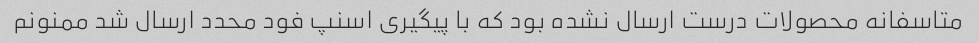
متاسفانه محصولات درست ارسال نشده بود که با پیگیری اسنپ فود محدد ارسال شد ممنونم